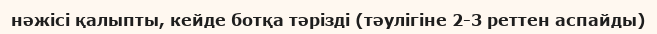
нәжісі қалыпты, кейде ботқа тәрізді (тәулігіне 2-3 реттен аспайды)